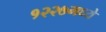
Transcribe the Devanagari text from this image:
१२२७मध्ये